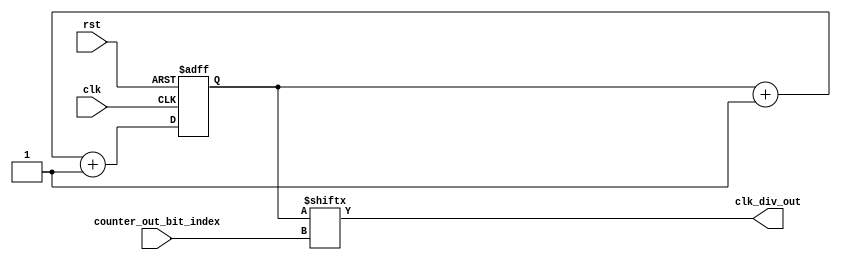
module Clock_Divider 
#(parameter WIDTH=8)
(
    output  wire    clk_div_out,
    input   wire    [$clog2(WIDTH)-1:0]  counter_out_bit_index, 
    input   wire    clk,rst    
);

    reg [WIDTH-1:0]  counter,counter_temp = { (WIDTH){1'b0} };


always @(posedge clk or negedge rst)
begin
    if (!rst)
        counter<= { (WIDTH){1'b0} };
    else 
        counter<=counter_temp+1;
end

always@(*)
begin
    counter_temp<=counter+1;
end


assign clk_div_out=counter[counter_out_bit_index]; //remains zero for a time then returns to one
                                       //exactly as the truth table of Tflipflop


endmodule